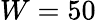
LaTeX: W=50